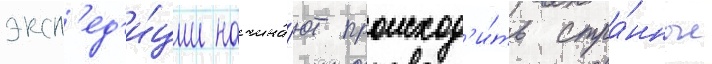
эксп'ед'и́ции начина́ют происход'и́ть стра́нные